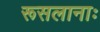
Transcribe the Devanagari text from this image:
रूसलानाः